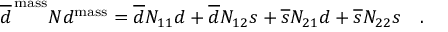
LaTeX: \overline { { d } } ^ { \mathrm { \, m a s s } } N d ^ { \mathrm { m a s s } } = \overline { { d } } N _ { 1 1 } d + \overline { { d } } N _ { 1 2 } s + \overline { { s } } N _ { 2 1 } d + \overline { { s } } N _ { 2 2 } s ~ ~ ~ .